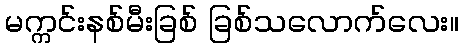
မက္ကင်းနစ်မီးခြစ် ခြစ်သလောက်လေး။